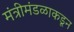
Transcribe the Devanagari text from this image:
मंत्रीमंडळाकडून